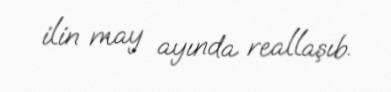
ilin may ayında reallaşıb.